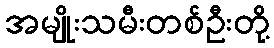
အမျိုးသမီးတစ်ဦးတို့